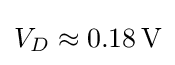
V_{D}\approx 0.18\,{\text{V}}